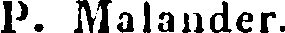
P. Malander.